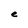
Character: e